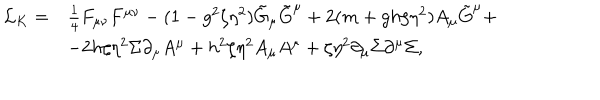
\begin{array} { l l } { { { \cal L } _ { K } = } } & { { \frac { 1 } { 4 } F _ { \mu \nu } F ^ { \mu \nu } - ( 1 - g ^ { 2 } \zeta \eta ^ { 2 } ) \tilde { G } _ { \mu } \tilde { G } ^ { \mu } + 2 ( m + g h \zeta \eta ^ { 2 } ) A _ { \mu } \tilde { G } ^ { \mu } + } } \\ { { } } & { { - 2 h \zeta \eta ^ { 2 } \Sigma \partial _ { \mu } A ^ { \mu } + h ^ { 2 } \zeta \eta ^ { 2 } A _ { \mu } A ^ { \mu } + \zeta \eta ^ { 2 } \partial _ { \mu } \Sigma \partial ^ { \mu } \Sigma , } } \\ \end{array}